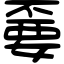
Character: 嫑